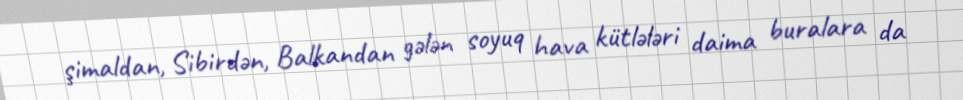
şimaldan, Sibirdən, Balkandan gələn soyuq hava kütlələri daima buralara da